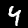
Label: 4